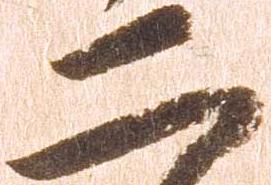
二